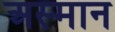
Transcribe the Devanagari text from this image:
अस्मान